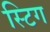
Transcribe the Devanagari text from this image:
स्टिग